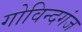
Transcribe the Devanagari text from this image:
गोविन्‍दगंज